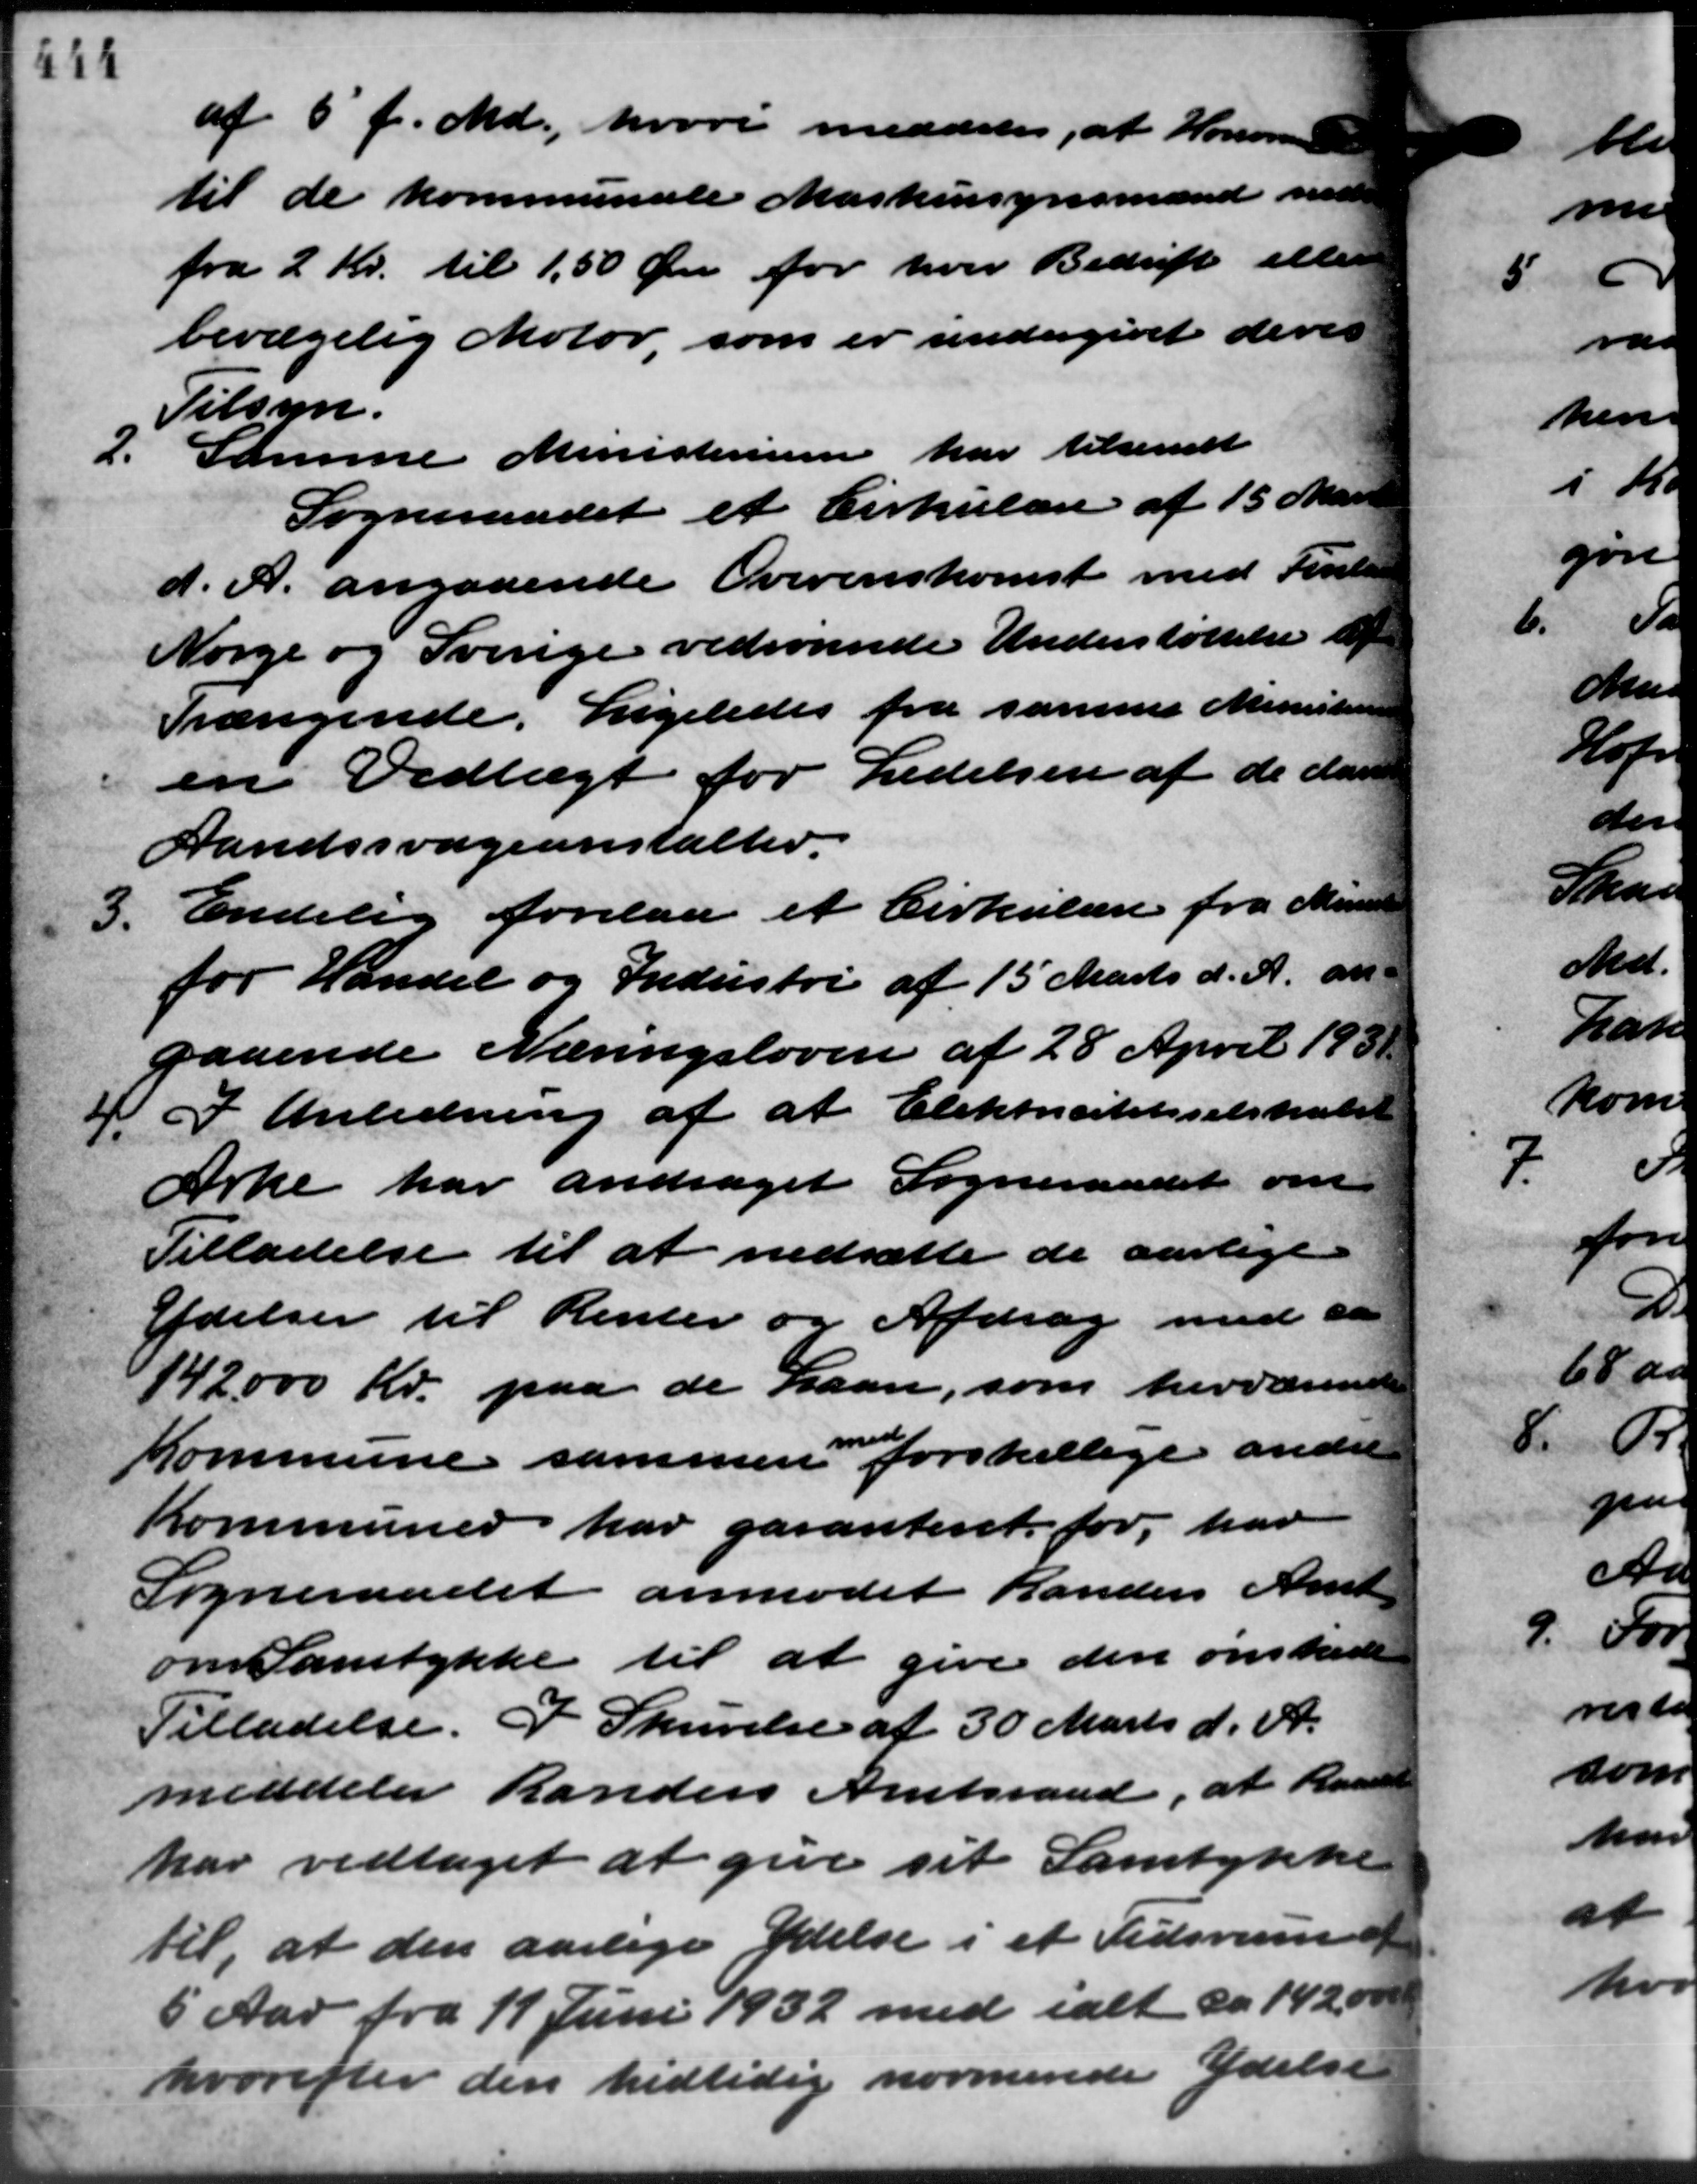
Transskription:
444

2.

af 5´ f. Md. hvori meddeles, at Honorar
til de kommunale Maskinsynsmænd med
fra 2 Kr. til 1,50 Øre for hver Bedrift eller
bevægelig Motor, som er undergivet deres
Tilsyn.
Samme Ministerium har tilsendt
Sogneraadet et Cirkulære af 15 Mart
d. A. angaaende Overenskomst med Finter
Norge og Sverige vedrørende Understøttelse af
Trængende. Ligeledes fra samme Ministerie
en Vedtægt for Ledelsen af de dan
Aandssvageanstalter.
Endelig forelaa et Cirkulære fra Ministe
3.
for Handel og Industri af 15 Marts d. A. an-
gaaende Næringsloven af 28 April 1931.
I I Anledning af at Elektricitetsselskabet
Arke har andraget Sogneraadet om
Tilladelse til at nedsætte de aarlige
Ydelser til Renter og Afdrag med dan
142.000 Kr. paa de Laan, som herværende
Kommune sammen forskellige anden
Kommuner har garanteret for, har
Sogneraadet anmodet Randers Amts
om Samtykke til at give den ønskede
2
Tilladelse. I Skrivelse af 30 Marts d. A.
meddeler Randers Amtsraad, at Raaned
har vedtaget at give sit Samtykke
til, at den aarlige Ydelse i et Tidsrum af
5 Aar fra 11 Juni 1932 med ialt ca. 142,000
hvorefter den hidtidig normende Ydelse